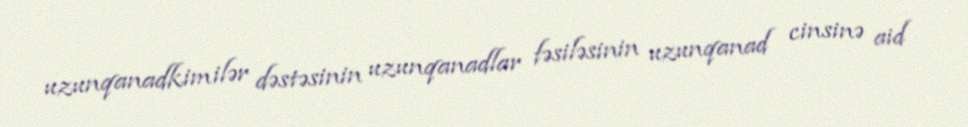
uzunqanadkimilər dəstəsinin uzunqanadlar fəsiləsinin uzunqanad cinsinə aid